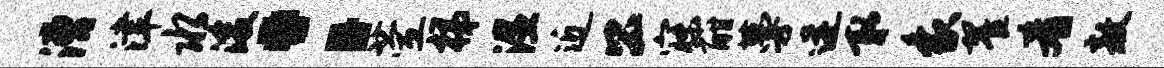
漕津水浚：萱梯湿近公寐酣蔓迸取象翟肴敖